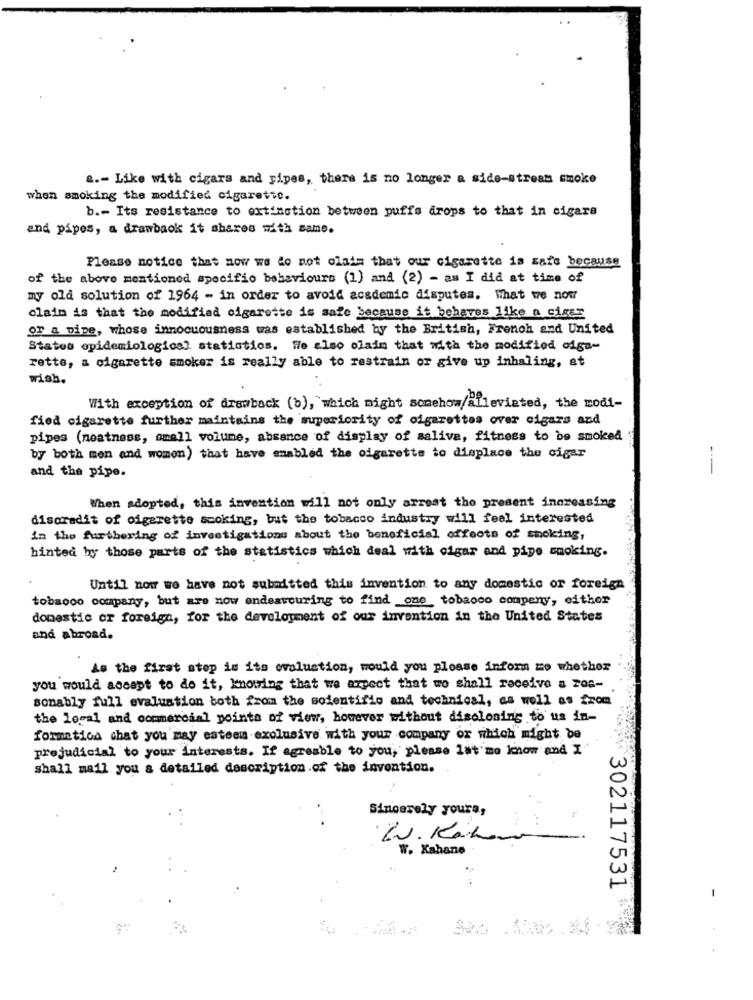
a .- Like with cigars and pipes, there is no longer a side-stream smoke
when smoking the modified cigarette.
b .- Its resistance to extinction between puffs drops to that in cigara
and pipes, a drawback it shares with same.
Please notice that now we do not claim that our cigarette is mars because
of the above mentioned specifio behaviours (1) and (2) - am I did at time of
my old solution of 1964 - in order to avoid academic disputes. What we now
claim is that the modified cigarette is safe because it behaves like a cigez
or a pipe, whose innocuousness was established by the British, French and United
States epidemiological statistics. We also claim that with the modified olga-
rette, a cigarette smoker is really able to restrain or give up inhaling, at
wish.
With exception of drawback (b), which might somehow/alleviated, the modi-
fied cigarette further maintains the superiority of cigarettes over cigars and
pipes (neatness, small volume, absence of display of salive, fitness to be smoked
by both men and women) that have enabled the oigarette to displace the cigar
and the pipe.
--
When adopted, this invention will not only arrest the present increasing
discredit of cigarette smoking, but the tobacco industry will feel interested
in the furthering of investigations about the beneficial effects of smoking,
hinted by those parts of the statistics which deal with cigar and pipe smoking.
Until now we have not submitted this invention to any domestic or foreign
tobacco company, but are now endeavouring to find one tobacco company, either
domestic or foreign, for the development of our invention in the United States
and abroad.
As the first stop in its ovolustion, would you please inform mo whether
you would aocapt to do it, knowing that we expect that wo shall receive a ros-
sonably full evaluation both from the soientifio and technical, as well as from
the local and commercial points of view, however without disclosing to us in-
formation chat you may esteem exclusive with your company or which might be
prejudicial to your interests. If agreable to you, please let me know and I
shall mail you & detailed description of the invention.
Sincerely yours,
W. Kahane
302117531